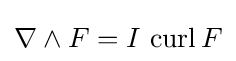
\nabla \wedge F=I\,\operatorname {curl} F